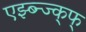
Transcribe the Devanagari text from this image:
एझ्ब्न्ज्क्फ्